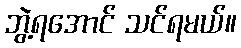
ဘွဲ့ရအောင် သင်ရမယ်။